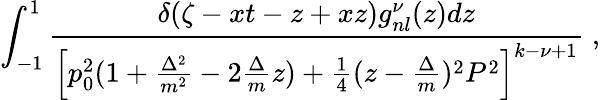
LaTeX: \int_{-1}^{1}\frac{\delta(\zeta-xt-z+xz)g_{nl}^{\nu}(z)dz}{\left[p_{0}^{2}(1+\frac{\Delta^{2}}{m^{2}}-2\frac{\Delta}{m}z)+\frac{1}{4}(z-\frac{\Delta}{m})^{2}P^{2}\right]^{k-\nu+1}}\; ,